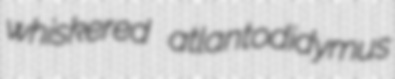
whiskered atlantodidymus